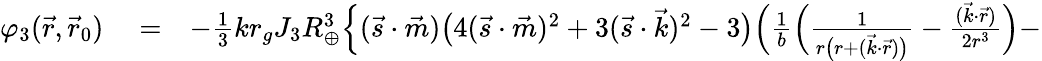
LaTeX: \begin{array}{rlr}{\varphi_{3}(\vec{r},\vec{r}_{0})}&{{}=}&{-{\textstyle\frac{1}{3}}kr_{g}J_{3}R_{\oplus}^{3}\Big\{ (\vec{s}\cdot\vec{m})\big(4({\vec{s}}\cdot{\vec{m}})^{2}+3({\vec{s}}\cdot{\vec{k}})^{2}-3\big)\Big(\frac{1}{b}\Big(\frac{1}{r\big(r+({\vec{k}}\cdot{\vec{r}})\big)}-\frac{(\vec{k}\cdot\vec{r})}{2r^{3}}\Big)-}\end{array}